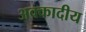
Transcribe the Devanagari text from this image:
अक्कादीय